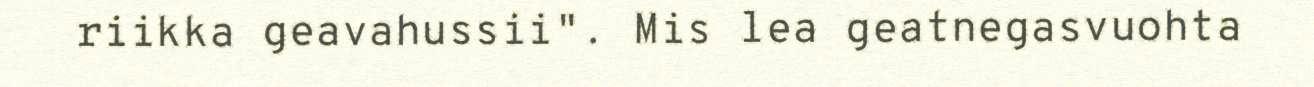
riikka geavahussii". Mis lea geatnegasvuohta